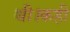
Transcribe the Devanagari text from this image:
थी।कही